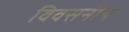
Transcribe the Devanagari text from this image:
विवसनीय